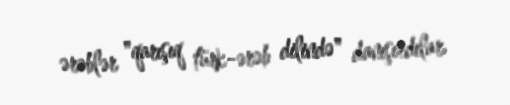
ərəblər "qarışıq türk-ərəb dilində" danışırdılar.